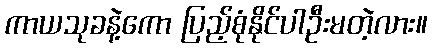
ကာယသုခနဲ့ကော ပြည့်စုံနိုင်ပါဦးမတဲ့လား။